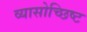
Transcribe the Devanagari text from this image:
व्यासोच्छिष्ट